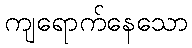
ကျရောက်နေသော